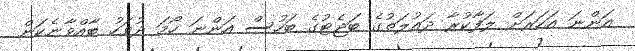
އަންނަ އަހަރަށް ލަފާކުރާ ދައުލަތުގެ ބަޖެޓުގެ ބަހުސް އަންނަ ހޯމަ ދުވަހު ބާއްވާނެކަން